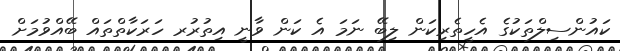
ކައުންސިލްތަކުގެ އެހީތެރިކަން ލިބޭ ނަމަ އެ ކަން ވާނީ އިތުރުރ ހަރަކާތްތައް ބޭއްވުމަށް